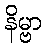
နိမ္ဗာ